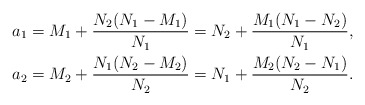
\begin{align*}a_1&=M_1+\frac{N_2(N_1-M_1)}{N_1}=N_2+\frac{M_1(N_1-N_2)}{N_1},\\a_2&=M_2+\frac{N_1(N_2-M_2)}{N_2}=N_1+\frac{M_2(N_2-N_1)}{N_2}.\end{align*}